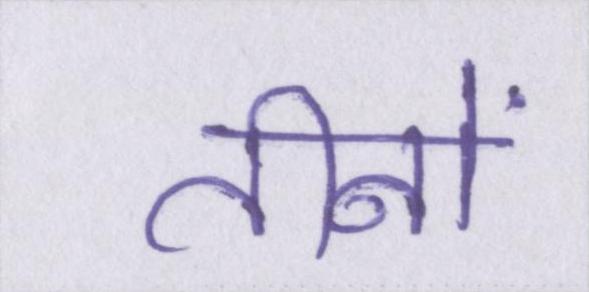
तीनों